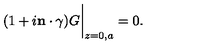
( 1 + i { \bf n \cdot \mathrm { \boldmath \gamma } } ) G \bigg | _ { z = 0 , a } = 0 .